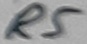
Text: R5